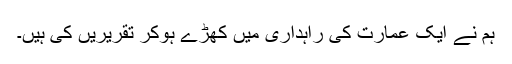
ہم نے ایک عمارت کی راہداری میں کھڑے ہوکر تقریریں کی ہیں۔